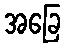
အခြေ